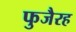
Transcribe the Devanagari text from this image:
फुजैरह